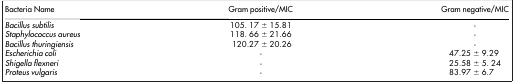
<table><thead><tr><td><b>Bacteria Name</b></td><td><b>Gram positive/MIC</b></td><td><b>Gram negative/MIC</b></td></tr></thead><tbody><tr><td><i>Bacillus subtilis</i></td><td>105. 17 ± 15.81</td><td>-</td></tr><tr><td><i>Staphylococcus aureus</i></td><td>118. 66 ± 21.66</td><td>-</td></tr><tr><td><i>Bacillus thuringiensis</i></td><td>120.27 ± 20.26</td><td>-</td></tr><tr><td><i>Escherichia coli</i></td><td>-</td><td>47.25 ± 9.29</td></tr><tr><td><i>Shigella flexneri</i></td><td>-</td><td>25.58 ± 5. 24</td></tr><tr><td><i>Proteus vulgaris</i></td><td>-</td><td>83.97 ± 6.7</td></tr></tbody></table>